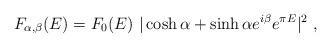
LaTeX: \begin{align*}F_{\alpha,\beta}(E) = F_{0}(E)~|\cosh\alpha+ \sinh\alpha e^{i\beta} e^{\pi E}|^{2}~,\end{align*}